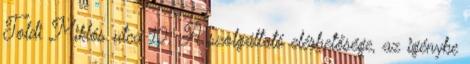
Toldi Miklós utca 10. A szolgáltató elérhetősége, az igénybe